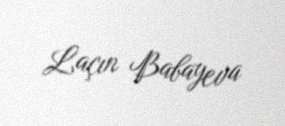
Laçın Babayeva